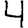
Digit: 4